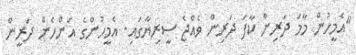
"އެމީހުން މާމަ ދަރިން ކާފަ ދަރިން ވެއްޖެ ސީރިޔާގައި. އެމީހުންގެ އަންހެން ދަރީން